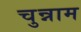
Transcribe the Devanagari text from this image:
चुन्नाम